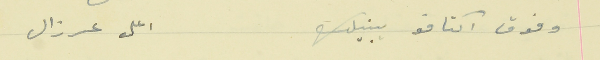
وفوق اكتافو يبنيلك                            اعلى عرزال